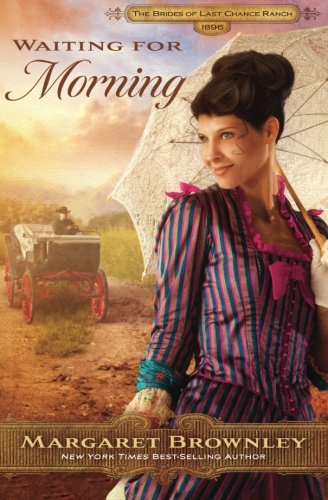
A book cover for Waiting for Morning (The Brides Of Last Chance Ranch Series); Margaret Brownley; Romance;